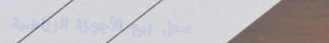
محل بيع الأجهزة الرياضية